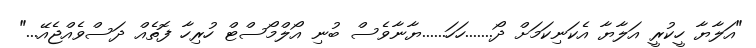
"އަލާޔާ ހީކުރީ އަލާޔާ އެކަނިކަމަށް ދޯ.......ހަހަ......ޔާނާވެސް ބުނި އޯލްމޯސްޓް ހުރިހާ ފޮތެއް ދަސްވެއްޖެއޭ..."